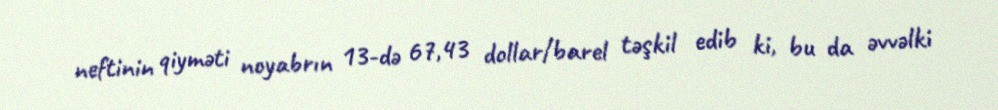
neftinin qiyməti noyabrın 13-də 67,43 dollar/barel təşkil edib ki, bu da əvvəlki